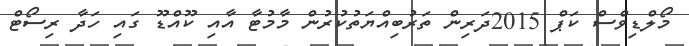
މޯލްޑިވްސް ކަޕް 2015ދަރިން ތަރުބިއްޔަތުކުރުން މާމުޓާ އާއި ކޫއްޑޫ ގައި ހަދާ ރިސޯޓް